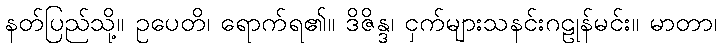
နတ်ပြည်သို့။ ဥပေတိ၊ ရောက်ရ၏။ ဒိဇိန္ဒ၊ ငှက်များသနင်းဂဠုန်မင်း။ မာတာ၊